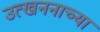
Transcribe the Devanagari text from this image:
उत्खननाच्या